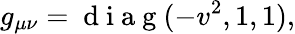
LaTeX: g_{\mu\nu}=\mathrm{~d~i~a~g~}(-v^{2},1,1),